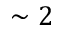
\sim 2